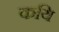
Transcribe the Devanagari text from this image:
कयि